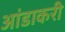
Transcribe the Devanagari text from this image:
आंडाकरी